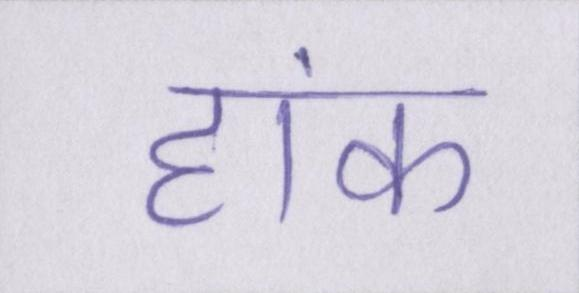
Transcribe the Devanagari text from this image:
हांक